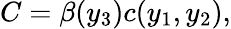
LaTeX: C=\beta(y_{3})c(y_{1},y_{2}),